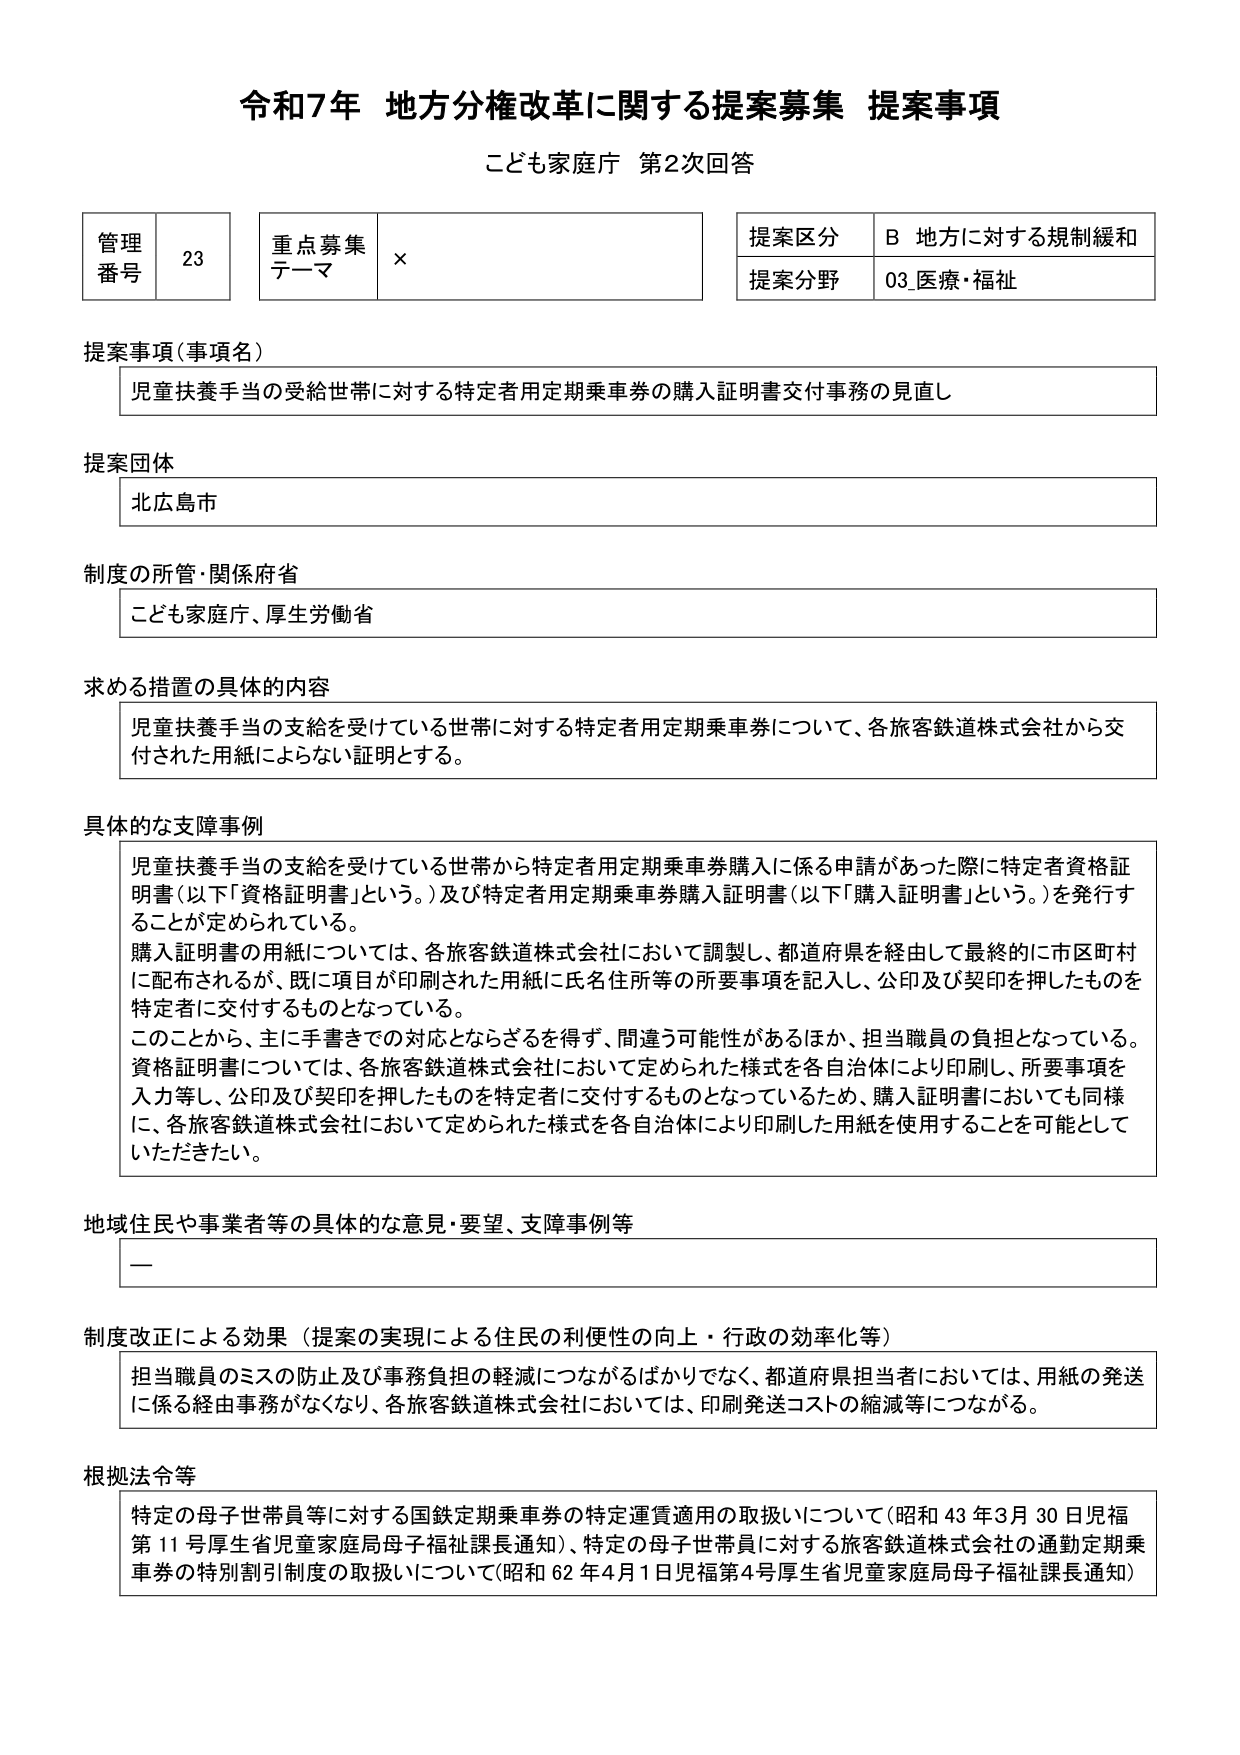
令和7年 地方分権改革に関する提案募集 提案事項
こども家庭庁 第2次回答

管理番号 23
重点募集テーマ ×
提案区分 B 地方に対する規制緩和
提案分野 03_医療・福祉

提案事項（事項名）
児童扶養手当の受給世帯に対する特定者用定期乗車券の購入証明書交付事務の見直し

提案団体
北広島市

制度の所管・関係府省
こども家庭庁、厚生労働省

求める措置の具体的内容
児童扶養手当の支給を受けている世帯に対する特定者用定期乗車券について、各旅客鉄道株式会社から交付された用紙によらない証明とする。

具体的な障害事例
児童扶養手当の支給を受けている世帯から特定者用定期乗車券購入に係る申請があった際に特定者資格証明書（以下「資格証明書」という。）及び特定者用定期乗車券購入証明書（以下「購入証明書」という。）を発行することが定められている。
購入証明書の用紙については、各旅客鉄道株式会社において調製し、都道府県を経由して最終的に市区町村に配布されるが、既に項目が印刷された用紙に氏名住所等の所要事項を記入し、公印及び契印を押したものを特定者に交付するものとなっている。
このことから、主に手書きでの対応とならざるを得ず、間違う可能性があるほか、担当職員の負担となっている。
資格証明書については、各旅客鉄道株式会社において定められた様式を各自治体により印刷し、所要事項を入力等し、公印及び契印を押したものを特定者に交付するものとなっているため、購入証明書においても同様に、各旅客鉄道株式会社において定められた様式を各自治体により印刷した用紙を使用することを可能としていただきたい。

地域住民や事業者等の具体的な意見・要望、支障事例等
ー

制度改正による効果（提案の実現による住民の利便性の向上・行政の効率化等）
担当職員のミスの防止及び事務負担の軽減につながるばかりでなく、都道府県担当者においては、用紙の発送に係る経由事務がなくなり、各旅客鉄道株式会社においては、印刷発送コストの縮減等につながる。

根拠法令等
特定の母子世帯員等に対する国鉄定期乗車券の特定運賃適用の取扱いについて（昭和43年3月30日児福第11号厚生省児童家庭局母子福祉課長通知）、特定の母子世帯員に対する旅客鉄道株式会社の通勤定期乗車券の特別割引制度の取扱いについて（昭和62年4月1日児福第4号厚生省児童家庭局母子福祉課長通知）